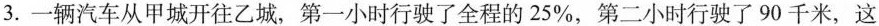
3.一辆汽车从甲城开往乙城，第一小时行驶了全程的25\%，第二小时行驶了90千米，这